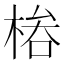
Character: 𣔊